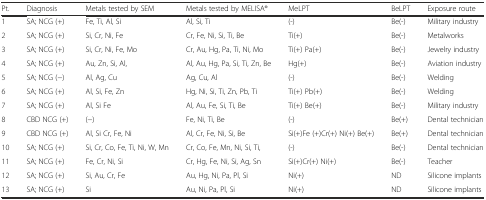
<table><thead><tr><td><b>Pt.</b></td><td><b>Diagnosis</b></td><td><b>Metals tested by SEM</b></td><td><b>Metals tested by MELISA®</b></td><td><b>MeLPT</b></td><td><b>BeLPT</b></td><td><b>Exposure route</b></td></tr></thead><tbody><tr><td>1</td><td>SA; NCG (+)</td><td>Fe, Ti, Al, Si</td><td>Al, Si, Ti</td><td>(-)</td><td>Be(-)</td><td>Military industry</td></tr><tr><td>2</td><td>SA; NCG (+)</td><td>Si, Cr, Ni, Fe</td><td>Cr, Fe, Ni, Si, Ti, Be</td><td>Ti(+)</td><td>Be(-)</td><td>Metalworks</td></tr><tr><td>3</td><td>SA; NCG (+)</td><td>Si, Cr, Ni, Fe, Mo</td><td>Cr, Au, Hg, Pa, Ti, Ni, Mo</td><td>Ti(+) Pa(+)</td><td>Be(-)</td><td>Jewelry industry</td></tr><tr><td>4</td><td>SA; NCG (+)</td><td>Au, Zn, Si, Al,</td><td>Al, Au, Hg, Pa, Si, Ti, Zn, Be</td><td>Hg(+)</td><td>Be(-)</td><td>Aviation industry</td></tr><tr><td>5</td><td>SA; NCG (−)</td><td>Al, Ag, Cu</td><td>Ag, Cu, Al</td><td>(-)</td><td>Be(-)</td><td>Welding</td></tr><tr><td>6</td><td>SA; NCG (+)</td><td>Al, Si, Fe, Zn</td><td>Hg, Ni, Si, Ti, Zn, Pb, Ti</td><td>Ti(+) Pb(+)</td><td>Be(-)</td><td>Welding</td></tr><tr><td>7</td><td>SA; NCG (+)</td><td>Al, Si Fe</td><td>Al, Au, Fe, Si, Ti, Be</td><td>Ti(+) Be(+)</td><td>Be(-)</td><td>Military industry</td></tr><tr><td>8</td><td>CBD NCG (+)</td><td>(−)</td><td>Fe, Ni, Ti, Be</td><td>(-)</td><td>Be(+)</td><td>Dental technician</td></tr><tr><td>9</td><td>CBD NCG (+)</td><td>Al, Si Cr, Fe, Ni</td><td>Al, Cr, Fe, Ni, Si, Be</td><td>Si(+)Fe (+)Cr(+) Ni(+) Be(+)</td><td>Be(+)</td><td>Dental technician</td></tr><tr><td>10</td><td>SA; NCG (+)</td><td>Si, Cr, Co, Fe, Ti, Ni, W, Mn</td><td>Cr, Co, Fe, Mn, Ni, Si, Ti,</td><td>(-)</td><td>Be(-)</td><td>Dental technician</td></tr><tr><td>11</td><td>SA; NCG (+)</td><td>Fe, Cr, Ni, Si</td><td>Cr, Hg, Fe, Ni, Si, Ag, Sn</td><td>Si(+)Cr(+) Ni(+)</td><td>Be(-)</td><td>Teacher</td></tr><tr><td>12</td><td>SA; NCG (+)</td><td>Si, Au, Cr, Fe</td><td>Au, Hg, Ni, Pa, Pl, Si</td><td>Ni(+)</td><td>ND</td><td>Silicone implants</td></tr><tr><td>13</td><td>SA; NCG (+)</td><td>Si</td><td>Au, Ni, Pa, Pl, Si</td><td>Ni(+)</td><td>ND</td><td>Silicone implants</td></tr></tbody></table>